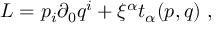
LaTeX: L = p _ { i } \partial _ { 0 } q ^ { i } + \xi ^ { \alpha } t _ { \alpha } ( p , q ) \ ,